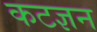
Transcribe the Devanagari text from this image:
कटज्ञन